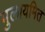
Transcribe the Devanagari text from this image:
मुलायमित